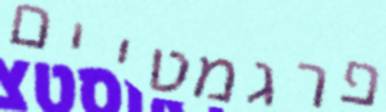
פרגמטיים